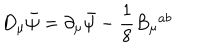
D _ { \mu } \bar { \psi } = \partial _ { \mu } \bar { \psi } - \frac { 1 } { 8 } B _ { \mu } ^ { \, \, \, a b }